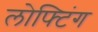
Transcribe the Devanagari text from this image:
लोफ्टिंग